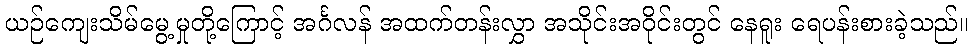
ယဉ်ကျေးသိမ်မွေ့မှုတို့ကြောင့် အင်္ဂလန် အထက်တန်းလွှာ အသိုင်းအဝိုင်းတွင် နေရူး ရေပန်းစားခဲ့သည်။